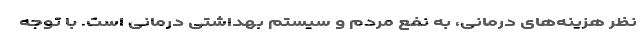
نظر هزینه‌های درمانی، به نفع مردم و سیستم بهداشتی درمانی است. با توجه